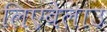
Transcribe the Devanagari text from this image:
लिएबेलाउ